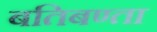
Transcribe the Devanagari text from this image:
बतिबण्ता